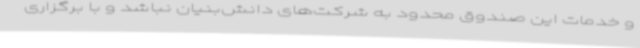
و خدمات این صندوق محدود به شرکت‌های دانش‌بنیان نباشد و با برگزاری